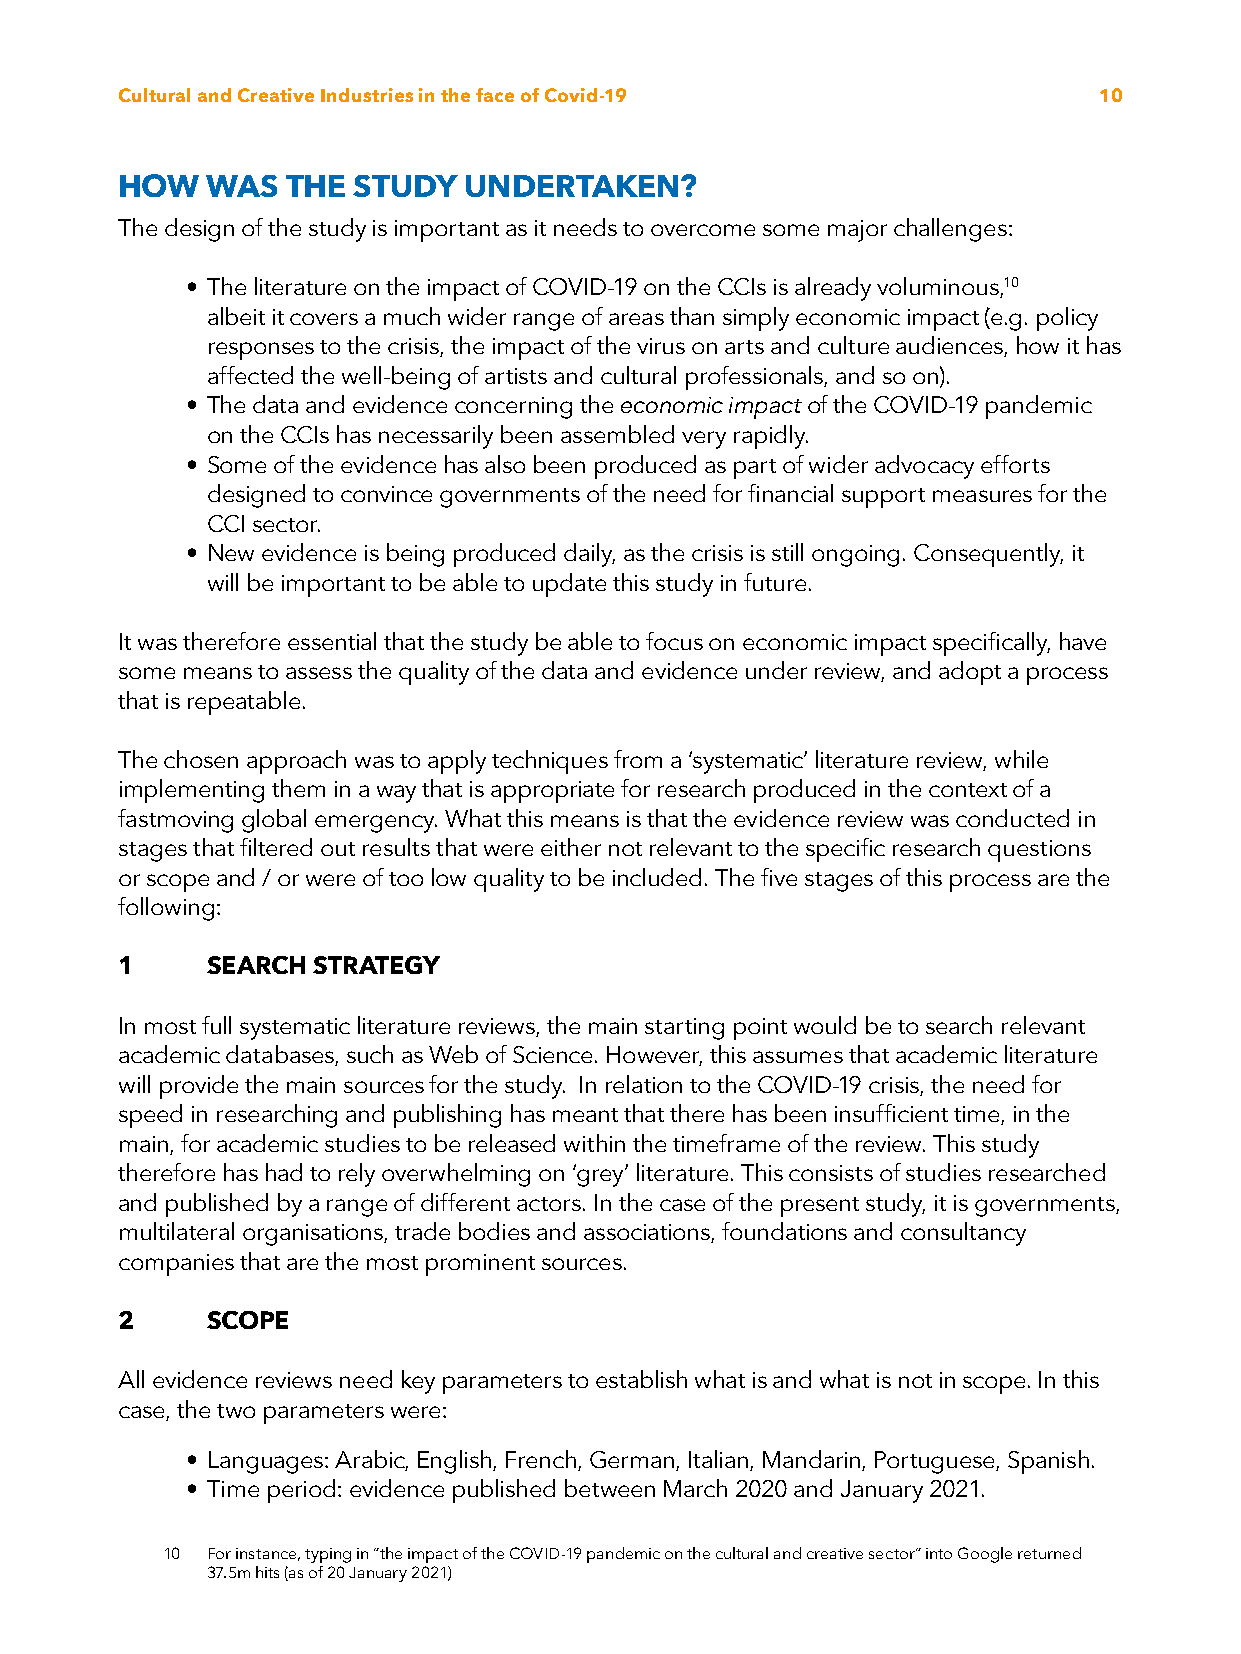
Cultural and Creative Industries in the face of Covid-19         10
 HOW   WAS  THE STUDY   UNDERTAKEN?
 The design of the study is important as it needs to overcome some major challenges:
 • The literature on the impact of COVID-19 on the CCIs is already voluminous,10
 albeit it covers a much wider range of areas than simply economic impact (e.g. policy
 responses to the crisis, the impact of the virus on arts and culture audiences, how it has
 affected the well-being of artists and cultural professionals, and so on).
 • The data and evidence concerning the economic impact of the COVID-19 pandemic
 on the CCIs has necessarily been assembled very rapidly.
 • Some of the evidence has also been produced as part of wider advocacy efforts
 designed to convince governments of the need for financial support measures for the
 CCI sector.
 • New evidence is being produced daily, as the crisis is still ongoing. Consequently, it
 will be important to be able to update this study in future.
 It was therefore essential that the study be able to focus on economic impact specifically, have
 some means to assess the quality of the data and evidence under review, and adopt a process
 that is repeatable.
 The chosen approach was to apply techniques from a ‘systematic’ literature review, while
 implementing them in a way that is appropriate for research produced in the context of a
 fastmoving global emergency. What this means is that the evidence review was conducted in
 stages that filtered out results that were either not relevant to the specific research questions
 or scope and / or were of too low quality to be included. The five stages of this process are the
 following:
 1     SEARCH STRATEGY
 In most full systematic literature reviews, the main starting point would be to search relevant
 academic databases, such as Web of Science. However, this assumes that academic literature
 will provide the main sources for the study. In relation to the COVID-19 crisis, the need for
 speed in researching and publishing has meant that there has been insufficient time, in the
 main, for academic studies to be released within the timeframe of the review. This study
 therefore has had to rely overwhelming on ‘grey’ literature. This consists of studies researched
 and published by a range of different actors. In the case of the present study, it is governments,
 multilateral organisations, trade bodies and associations, foundations and consultancy
 companies that are the most prominent sources.
 2     SCOPE
 All evidence reviews need key parameters to establish what is and what is not in scope. In this
 case, the two parameters were:
 • Languages: Arabic, English, French, German, Italian, Mandarin, Portuguese, Spanish.
 • Time period: evidence published between March 2020 and January 2021.
 10 For instance, typing in “the impact of the COVID-19 pandemic on the cultural and creative sector” into Google returned
 37.5m hits (as of 20 January 2021)